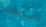
السجلات